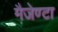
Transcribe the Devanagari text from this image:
मैजेण्टा